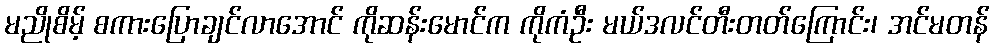
မညိုစိမ့် စကားပြောချင်လာအောင် ကိုဆန်းမောင်က ကိုကံဦး မယ်ဒလင်တီးတတ်ကြောင်း၊ အင်မတန်